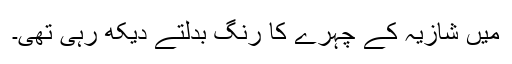
میں شازیہ کے چہرے کا رنگ بدلتے دیکھ رہی تھی۔